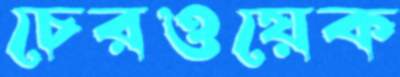
চেরওয়েক